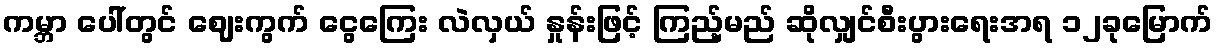
ကမ္ဘာ ပေါ်တွင် ဈေးကွက် ငွေကြေး လဲလှယ် နှုန်းဖြင့် ကြည့်မည် ဆိုလျှင်စီးပွားရေးအရ ၁၂ခုမြောက်